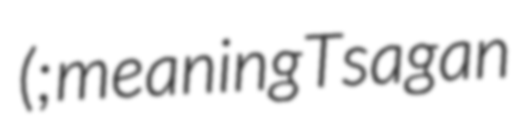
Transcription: (; meaning Tsagan